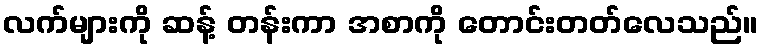
လက်များကို ဆန့် တန်းကာ အစာကို တောင်းတတ်လေသည်။